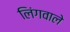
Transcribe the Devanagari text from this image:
लिंगवाले